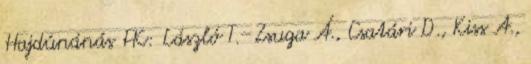
Hajdúnánás FK: László T.–Zsuga Á., Csatári D., Kiss A.,